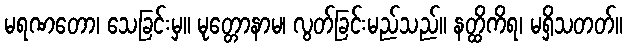
မရဏတော၊ သေခြင်းမှ။ မုတ္တောနာမ၊ လွတ်ခြင်းမည်သည်။ နတ္ထိကိရ၊ မရှိသတတ်။